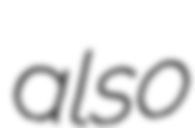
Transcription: also